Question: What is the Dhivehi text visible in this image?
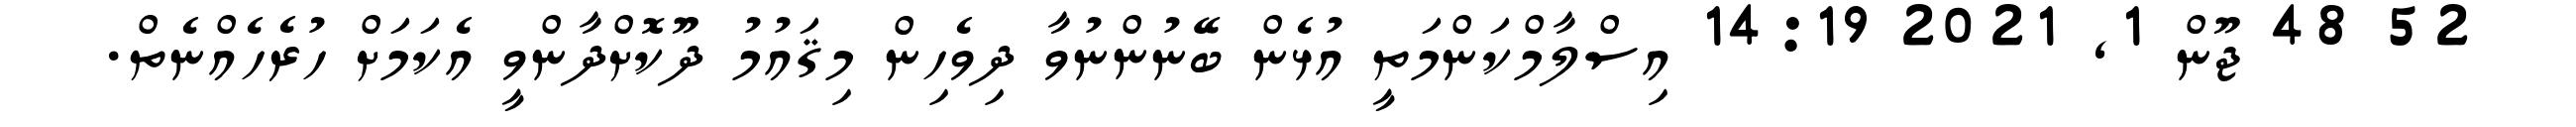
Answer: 52 48 ޖޫން 1, 2021 14:19 އިސްލާމްކަންމަތީ އުޅެން ބޭނުންނުވާ ދިވެހިން މިޤައުމު ދޫކޮށްދާންވީ އެކަމަށް ހުރެހެއްނެތް.